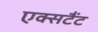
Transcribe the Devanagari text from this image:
एक्सटैंट